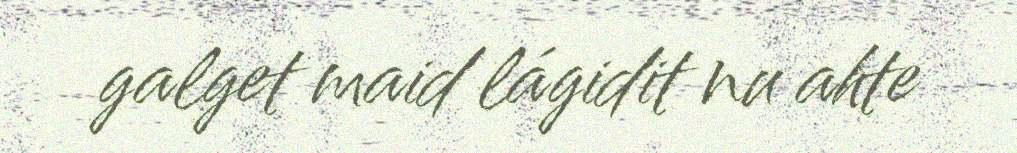
galget maid lágidit nu ahte